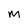
Character: m